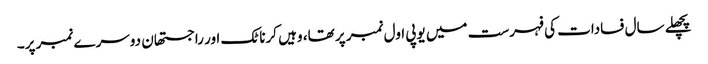
پچھلے سال فسادات کی فہرست میں یوپی اول نمبر پر تھا، وہیں کرناٹک اور راجستھان دوسرے نمبر پر۔